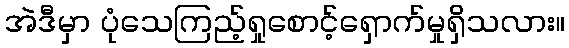
အဲဒီမှာ ပုံသေကြည့်ရှုစောင့်ရှောက်မှုရှိသလား။